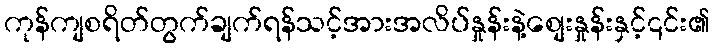
ကုန်ကျစရိတ်တွက်ချက်ရန်သင့်အားအလိပ်နှုန်းနဲ့စျေးနှုန်းနှင့်၎င်း၏